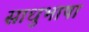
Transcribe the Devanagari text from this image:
साधुभाषा